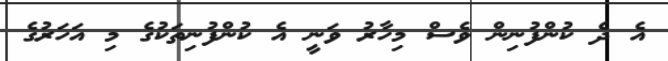
އެ ދެ ކުންފުނިން ވެސް މިހާރު ވަނީ އެ ކުންފުނިތަކުގެ މި އަހަރުގެ